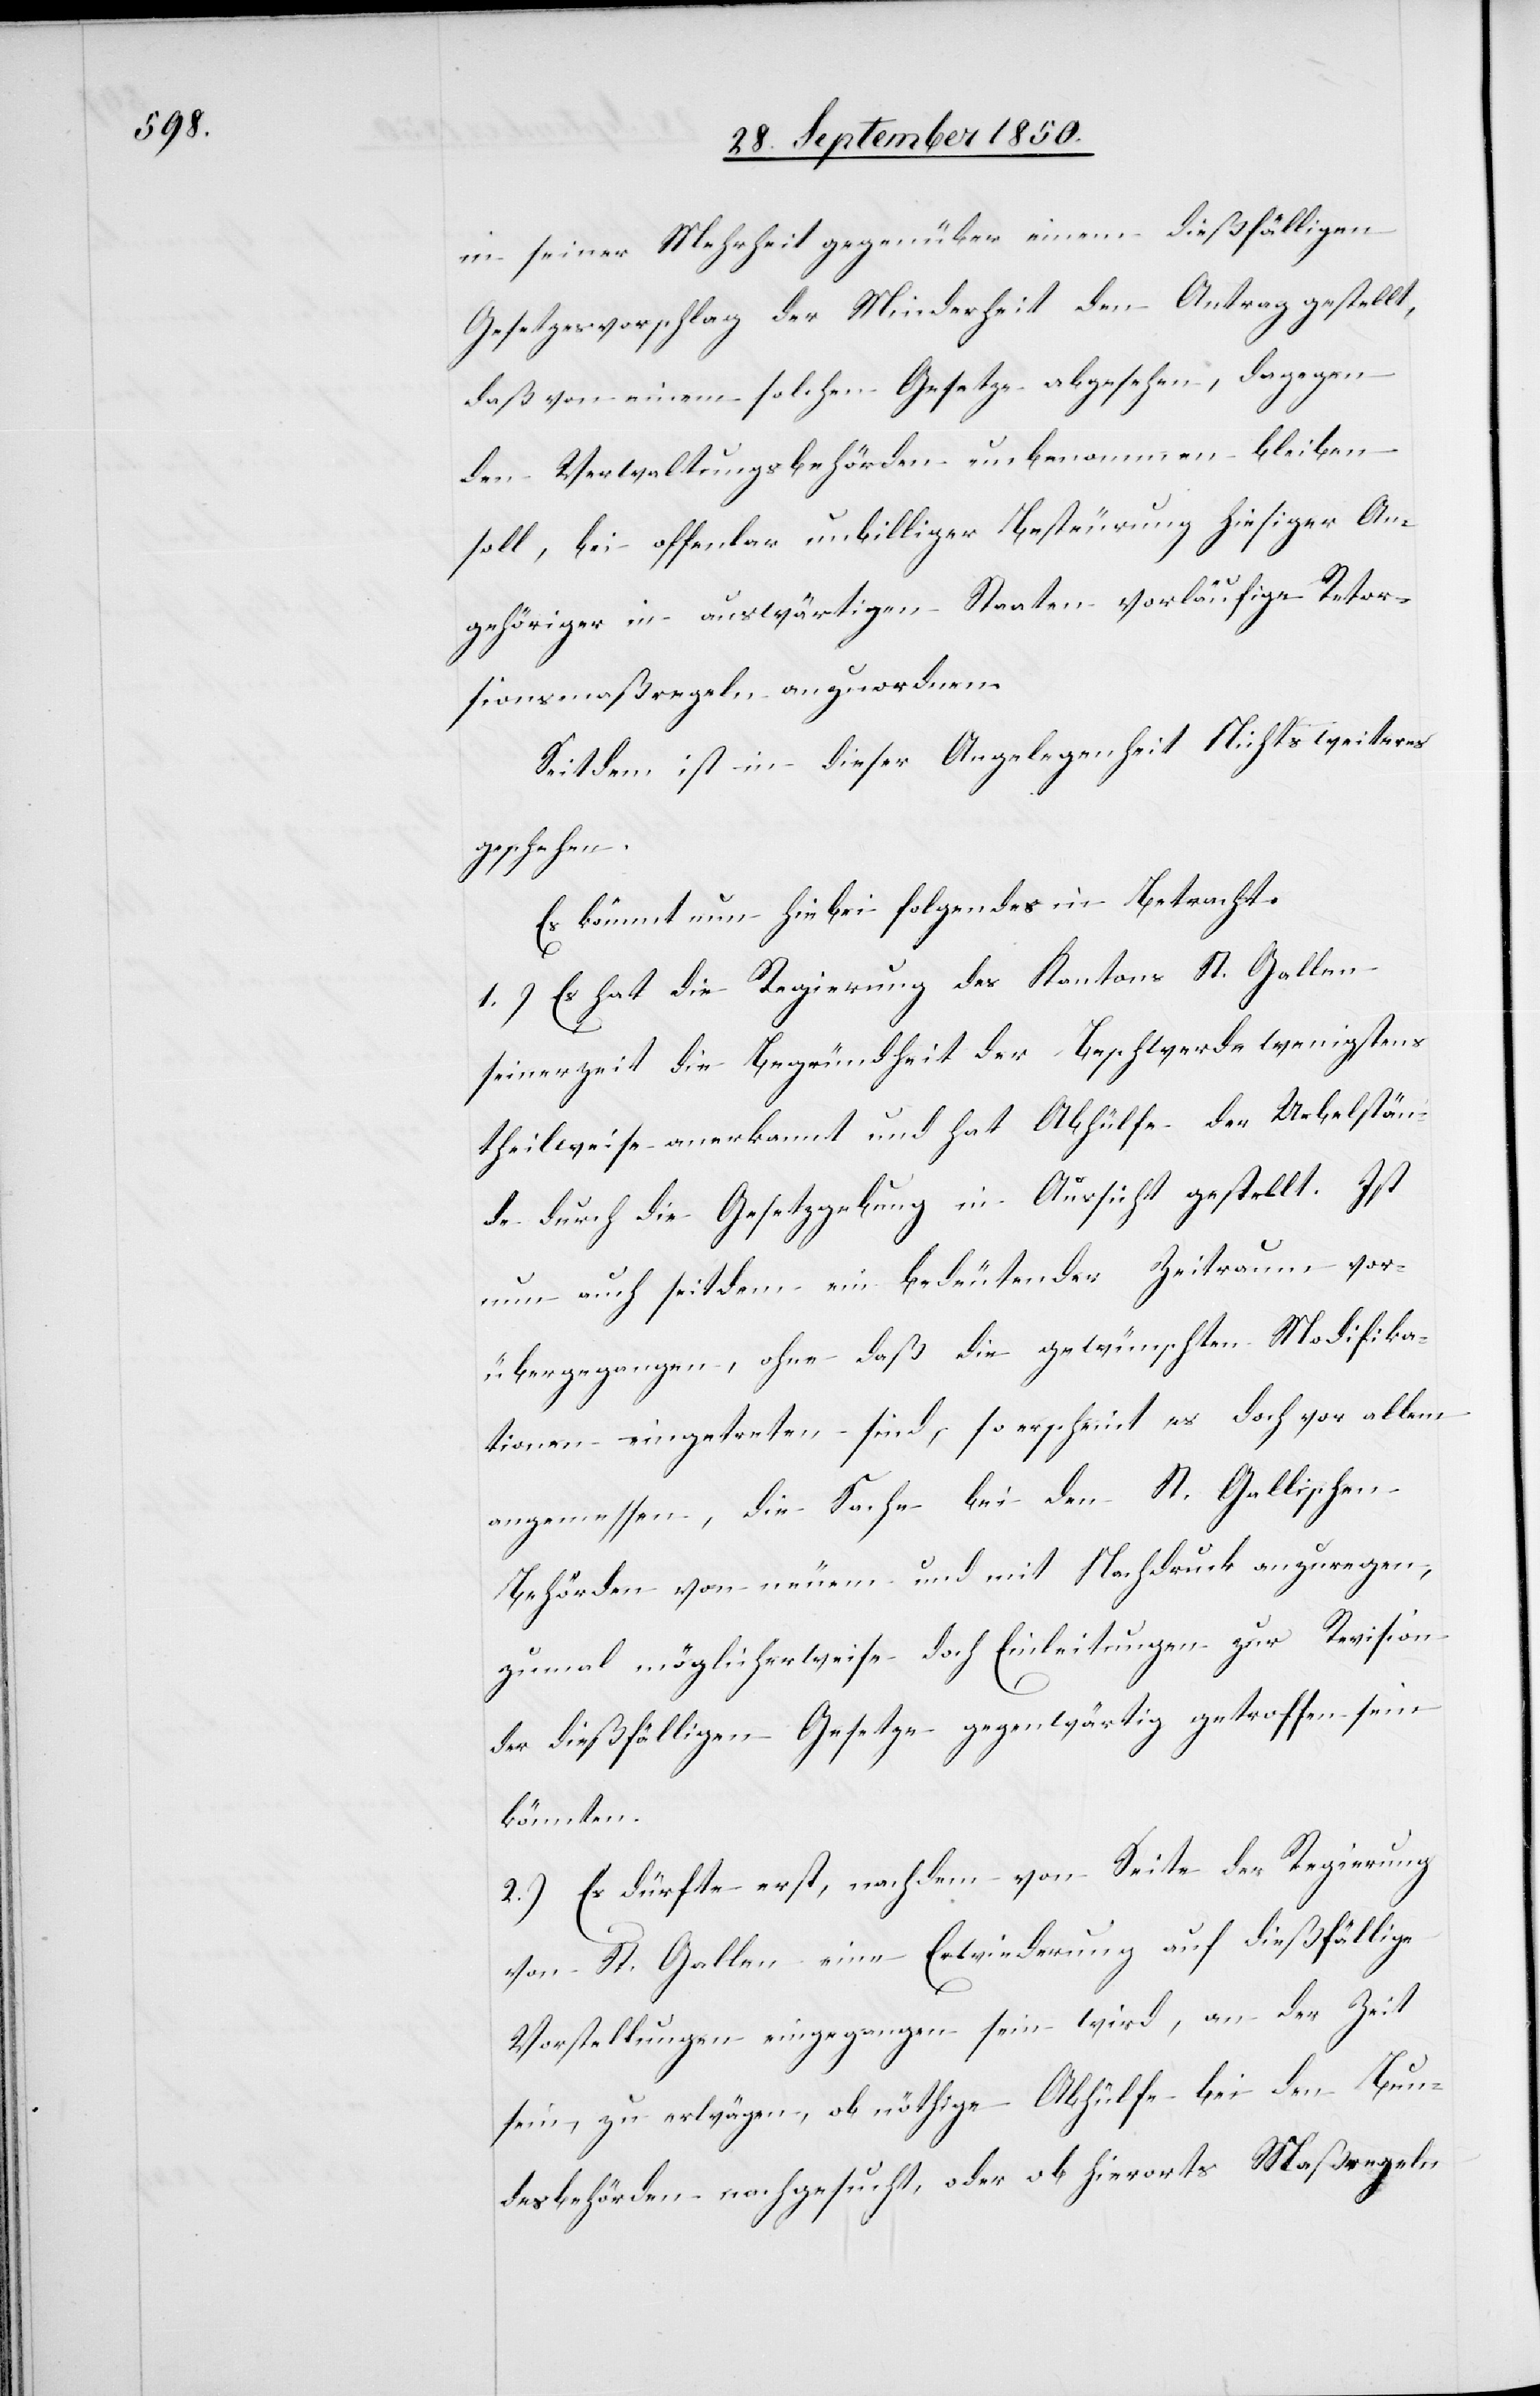
in seiner Mehrheit gegenüber einem dießfälligen
Gesetzesvorschlag der Minderheit den Antrag gestellt,
daß von einem solchen Gesetze abgesehen, dagegen
den Verwaltungsbehörden unbenommen bleiben
soll, bei offenbar unbilliger Besteurung hiesiger An¬
gehöriger in auswärtigen Staaten vorläufige Retor¬
sionsmaßregeln anzuordnen.
Seitdem ist in dieser Angelegenheit Nichts weiteres
geschehen.
Es kömmt nun hiebei folgendes in Betracht.
1.) Es hat die Regierung des Kantons St. Gallen
seinerzeit die Begründheit der Beschwerde wenigstens
theilweise anerkannt und hat Abhülfe der Uebelstän¬
de durch die Gesetzgebung in Aussicht gestellt. Ist
nun auch seitdem ein bedeutender Zeitraum vor¬
übergegangen, ohne daß die gewünschten Modifika¬
tionen eingetreten sind, so erscheint es doch vor allem
angemessen, die Sache bei den St. Gallischen
Behörden von neuem und mit Nachdruck anzuregen,
zumal möglicherweise doch Einleitungen zur Revision
der dießfälligen Gesetze gegenwärtig getroffen sein
könnten.
2.) Es dürfte erst, nachdem von Seite der Regierung
von St. Gallen eine Erwiederung auf dießfällige
Vorstellungen eingegangen sein wird, an der Zeit
sein, zu erwägen, ob nöthige Abhülfe bei den Bun¬
desbehörden nachgesucht, oder ob hierorts Maßregeln